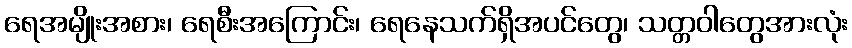
ရေအမျိုးအစား၊ ရေစီးအကြောင်း၊ ရေနေသက်ရှိအပင်တွေ၊ သတ္တဝါတွေအားလုံး